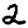
Digit: 2